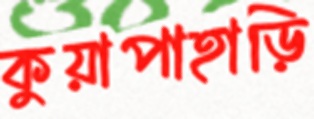
কুয়াপাহাড়ি